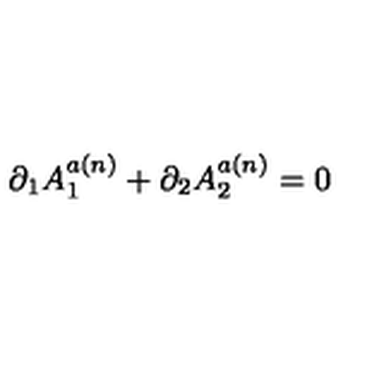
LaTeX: \partial _ { 1 } A _ { 1 } ^ { a ( n ) } + \partial _ { 2 } A _ { 2 } ^ { a ( n ) } = 0